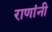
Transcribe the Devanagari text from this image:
राणांनी